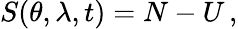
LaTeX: S(\theta,\lambda,t)=N-U\, ,